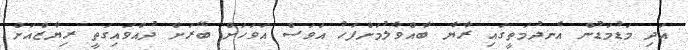
އަދި މަޑުމަޑުން އެނދުމަތީގައި ރާޔާ ބާއްވާލުމަށްފަހު އަވަސް އަވަހަށް ބޭރަށް ދުއްވައިގަތީ ރިޔާޒްއަށް